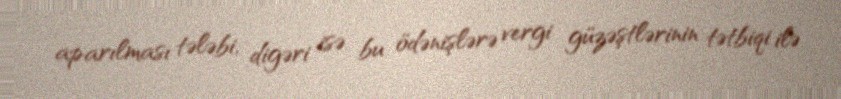
aparılması tələbi, digəri isə bu ödənişlərə vergi güzəştlərinin tətbiqi ilə